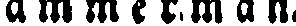
ammerman.